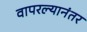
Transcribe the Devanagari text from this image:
वापरल्यानंतर